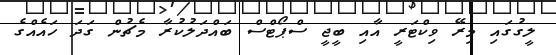
ލީގުގައި މިރޭ ވިކްޓަރީ އާއި ބީޖީ ސްޕޯޓްސް ބައްދަލުކުރާ މެޗުން ގަދަ ހައެއްގެ